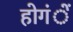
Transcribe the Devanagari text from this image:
होगंें